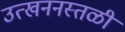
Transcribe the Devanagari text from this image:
उत्खननस्तळी